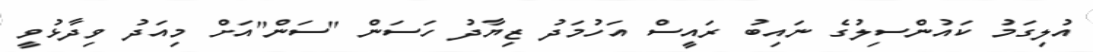
އުލިގަމު ކައުންސިލުގެ ނައިބު ރައީސް އަހުމަދު ޒިޔާދު ހަސަން "ސަން"އަށް މިއަދު ވިދާޅުވީ